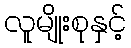
လူမျိုးစုနှင့်